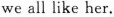
we all like her.